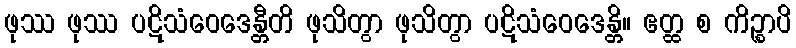
ဖုဿ ဖုဿ ပဋိသံဝေဒေန္တီတိ ဖုသိတွာ ဖုသိတွာ ပဋိသံဝေဒေန္တိ။ ဧတ္ထ စ ကိဉ္စာပိ